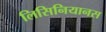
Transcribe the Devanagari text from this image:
लिसिनियानस